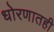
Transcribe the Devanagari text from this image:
धोरणातही